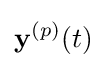
\mathbf {y} ^{(p)}(t)